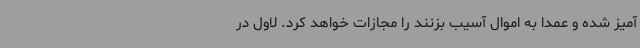
آمیز شده و عمدا به اموال آسیب بزنند را مجازات خواهد کرد. لاول در